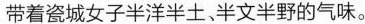
带着瓷城女子半洋半土半文半野的气味。